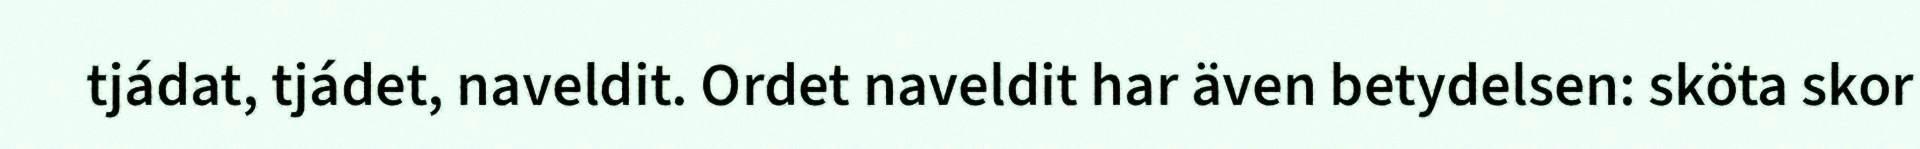
tjádat, tjádet, naveldit. Ordet naveldit har även betydelsen: sköta skor